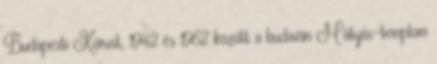
Budapesti Kórust, 1942 és 1962 között a budavári Mátyás-templom